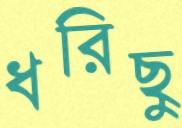
ধরিছু